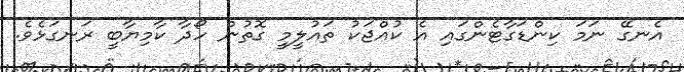
އެނގޭ ނަމަ ކިންޑަގާޓެންގައި އެ ކުއްޖަކު ތައުލީމީ ގޮތުން ހޯދާ ކާމިޔާބީ ރަނގަޅެވެ.